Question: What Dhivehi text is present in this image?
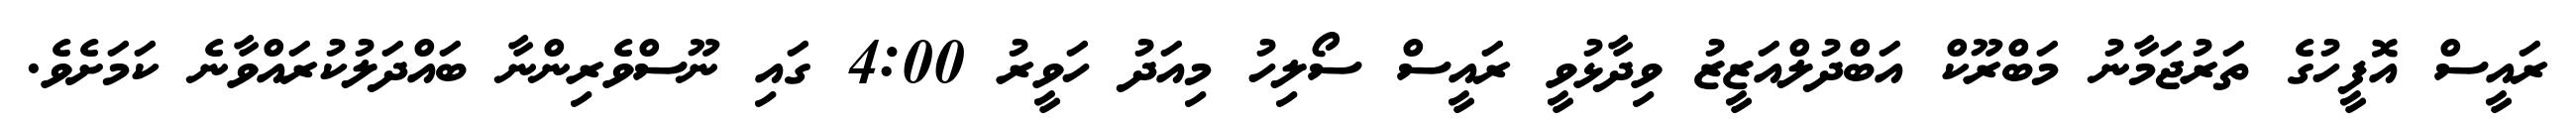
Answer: ރައީސް އޮފީހުގެ ތަރުޖަމާނު މަބްރޫކް އަބްދުލްއަޒީޒު ވިދާޅުވީ ރައީސް ސޯލިހު މިއަދު ހަވީރު 4:00 ގައި ނޫސްވެރިންނާ ބައްދަލުކުރައްވާނެ ކަމަށެވެ.